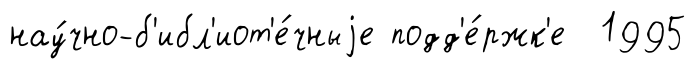
нау́чно-б'ибл'иот'е́чныjе подд'е́ржк'е 1995